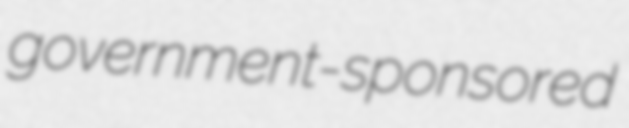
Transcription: government-sponsored